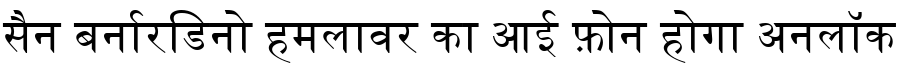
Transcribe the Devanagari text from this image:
सैन बर्नारडिनो हमलावर का आई फ़ोन होगा अनलॉक